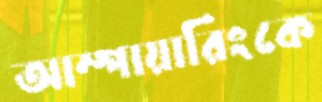
আম্পায়ারিংকে